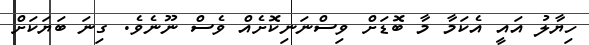
ހިޔާލު އައީ އެކަމާ މާ ބޮޑަށް ވިސްނަނިކޮށެއް ވެސް ނޫނެވެ. ގިނަ ބަޔަކަށް